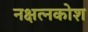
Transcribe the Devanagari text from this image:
नक्षत्नकोश